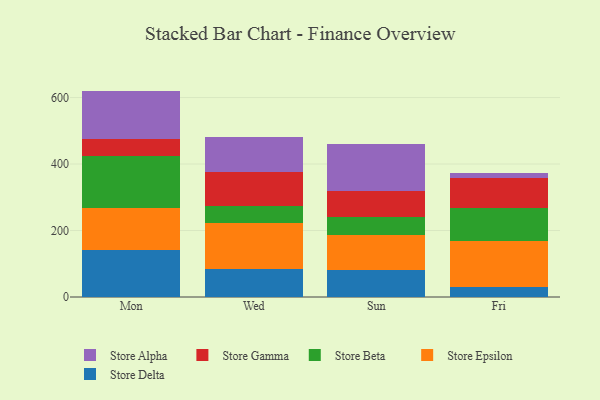
{"axis": {"x": "Day", "y": "Website Visitors"}, "legend": ["Store Alpha", "Store Beta", "Store Delta", "Store Epsilon", "Store Gamma"], "data": [{"x": "Mon", "y": 141.0, "type": "Store Delta"}, {"x": "Mon", "y": 127.5, "type": "Store Epsilon"}, {"x": "Mon", "y": 155.9, "type": "Store Beta"}, {"x": "Mon", "y": 49.9, "type": "Store Gamma"}, {"x": "Mon", "y": 145.9, "type": "Store Alpha"}, {"x": "Wed", "y": 83.8, "type": "Store Delta"}, {"x": "Wed", "y": 138.8, "type": "Store Epsilon"}, {"x": "Wed", "y": 51.4, "type": "Store Beta"}, {"x": "Wed", "y": 100.6, "type": "Store Gamma"}, {"x": "Wed", "y": 106.1, "type": "Store Alpha"}, {"x": "Sun", "y": 81.0, "type": "Store Delta"}, {"x": "Sun", "y": 105.4, "type": "Store Epsilon"}, {"x": "Sun", "y": 54.2, "type": "Store Beta"}, {"x": "Sun", "y": 79.4, "type": "Store Gamma"}, {"x": "Sun", "y": 139.3, "type": "Store Alpha"}, {"x": "Fri", "y": 30.5, "type": "Store Delta"}, {"x": "Fri", "y": 136.5, "type": "Store Epsilon"}, {"x": "Fri", "y": 101.7, "type": "Store Beta"}, {"x": "Fri", "y": 89.0, "type": "Store Gamma"}, {"x": "Fri", "y": 15.8, "type": "Store Alpha"}]}